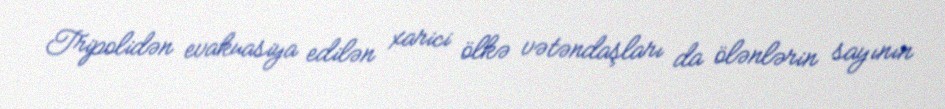
Tripolidən evakuasiya edilən xarici ölkə vətəndaşları da ölənlərin sayının